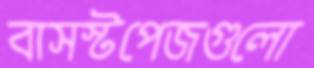
বাসস্টপেজগুলো